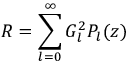
R = \sum _ { l = 0 } ^ { \infty } G _ { l } ^ { 2 } P _ { l } ( z )